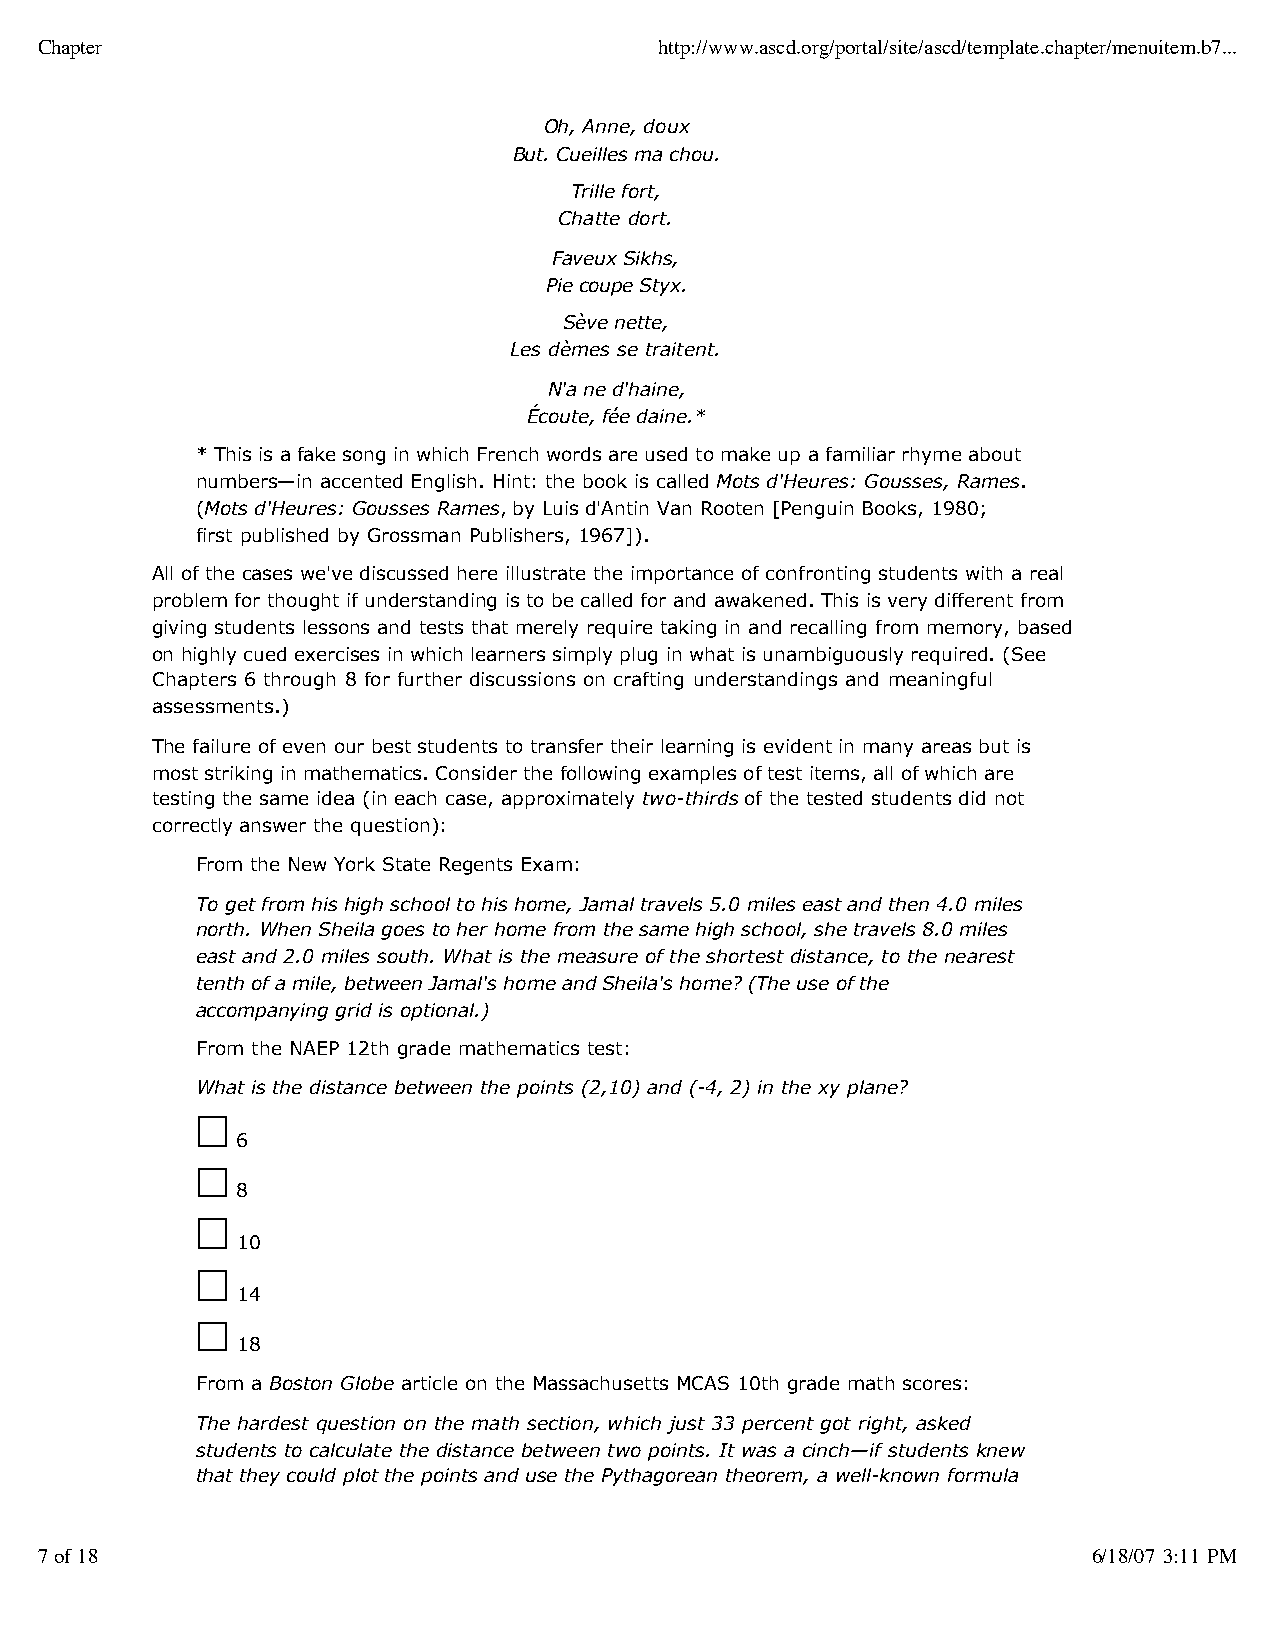
Chapter                                   http://www.ascd.org/portal/site/ascd/template.chapter/menuitem.b7...
 Oh, Anne, doux
 But. Cueilles ma chou.
 Trille fort,
 Chatte dort.
 Faveux Sikhs,
 Pie coupe Styx.
 Sève nette,
 Les dèmes se traitent.
 N'a ne d'haine,
 Écoute, fée daine.*
 * This is a fake song in which French words are used to make up a familiar rhyme about
 numbers—in accented English. Hint: the book is called Mots d'Heures: Gousses, Rames.
 (Mots d'Heures: Gousses Rames, by Luis d'Antin Van Rooten [Penguin Books, 1980;
 first published by Grossman Publishers, 1967]).
 All of the cases we've discussed here illustrate the importance of confronting students with a real
 problem for thought if understanding is to be called for and awakened. This is very different from
 giving students lessons and tests that merely require taking in and recalling from memory, based
 on highly cued exercises in which learners simply plug in what is unambiguously required. (See
 Chapters 6 through 8 for further discussions on crafting understandings and meaningful
 assessments.)
 The failure of even our best students to transfer their learning is evident in many areas but is
 most striking in mathematics. Consider the following examples of test items, all of which are
 testing the same idea (in each case, approximately two-thirds of the tested students did not
 correctly answer the question):
 From the New York State Regents Exam:
 To get from his high school to his home, Jamal travels 5.0 miles east and then 4.0 miles
 north. When Sheila goes to her home from the same high school, she travels 8.0 miles
 east and 2.0 miles south. What is the measure of the shortest distance, to the nearest
 tenth of a mile, between Jamal's home and Sheila's home? (The use of the
 accompanying grid is optional.)
 From the NAEP 12th grade mathematics test:
 What is the distance between the points (2,10) and (-4, 2) in the xy plane?
 6
 8
 10
 14
 18
 From a Boston Globe article on the Massachusetts MCAS 10th grade math scores:
 The hardest question on the math section, which just 33 percent got right, asked
 students to calculate the distance between two points. It was a cinch—if students knew
 that they could plot the points and use the Pythagorean theorem, a well-known formula
 7 of 18                                                               6/18/07 3:11 PM